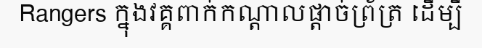
Rangers ក្នុងវគ្គពាក់កណ្តាលផ្តាច់ព្រ័ត្រ ដើម្បី